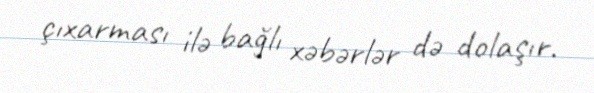
çıxarması ilə bağlı xəbərlər də dolaşır.